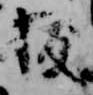
抜